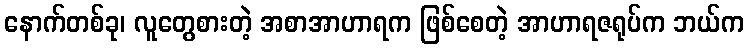
နောက်တစ်ခု၊ လူတွေစားတဲ့ အစာအာဟာရက ဖြစ်စေတဲ့ အာဟာရဇရုပ်က ဘယ်က